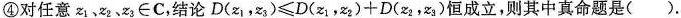
④对任意z_{1}、z_{2}、z_{3}∈C，结论$$D ( z _ { 1 } ，z _ { 3 } ) ≤ D ( z _ { 1 }，z _ { 2 } ) + D ( z _ { 2 } ，z _ { 3 } )$$恒成立，则其中真命题是()。